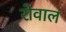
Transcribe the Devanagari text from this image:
रोवाल